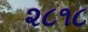
૨૮૧૮